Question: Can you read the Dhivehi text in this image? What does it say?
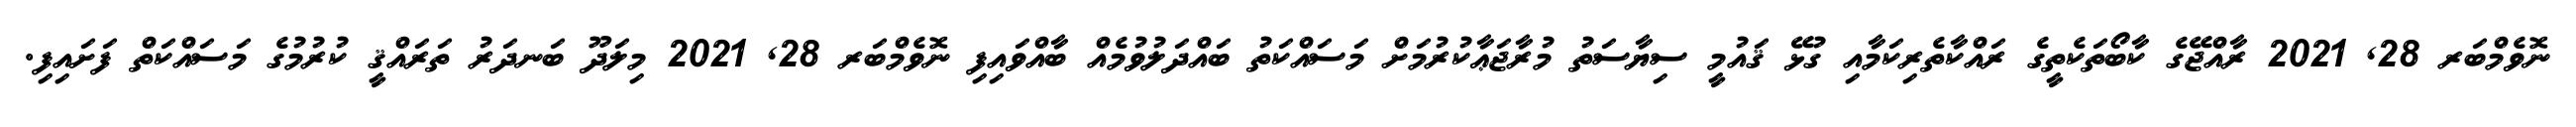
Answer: ނޮވެމްބަރ 28, 2021 ރާއްޖޭގެ ކާބޯތަކެތީގެ ރައްކާތެރިކަމާއި ގުޅޭ ޤައުމީ ސިޔާސަތު މުރާޖަޢާކުރުމަށް މަސައްކަތު ބައްދަލުވުމެއް ބާއްވައިފި ނޮވެމްބަރ 28, 2021 މިލަދޫ ބަނދަރު ތަރައްޤީ ކުރުމުގެ މަސައްކަތް ފަށައިފި.